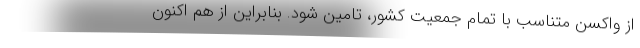
از واکسن متناسب با تمام جمعیت کشور، تامین شود. بنابراین از هم اکنون